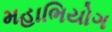
મહાભિયોગ